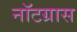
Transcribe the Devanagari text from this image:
नॉटग्रास